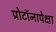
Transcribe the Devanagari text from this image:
प्रोटॉनापेक्षा